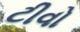
ટીવો